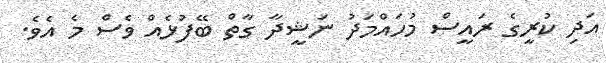
އަދި ކުރީގެ ރައީސް މުހައްމަދު ނަޝީދާ ގާތް ބޭފުޅެއް ވެސް މެ އެވެ.